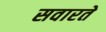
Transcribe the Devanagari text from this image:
सवारते